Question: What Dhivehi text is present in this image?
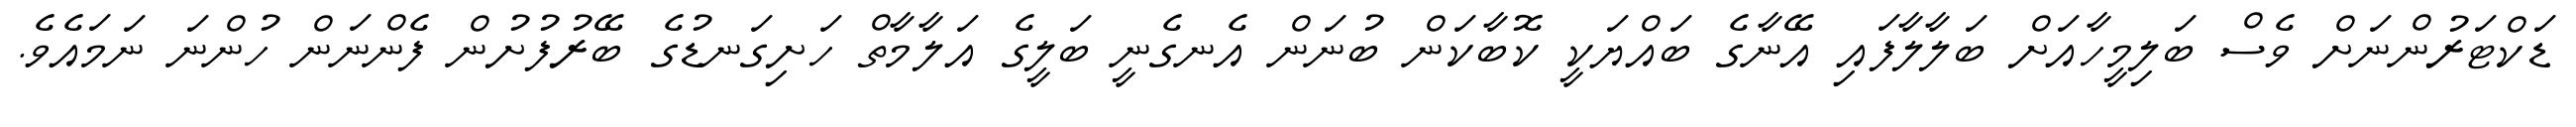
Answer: ޑަކްޓަރުންނަށް ވެސް ބަލިމީހާއަށް ބަލާލާފައި އޭނާގެ ބައްޔަކީ ކޮބާކަން ބުނަން އެނގެނީ ބަލީގެ އަލާމާތް ހަށިގަނޑުގެ ބޭރުފުށުން ފެންނަން ހުންނަ ނަމައެވެ.